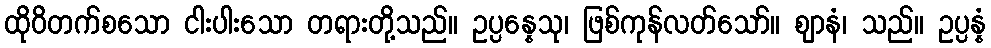
ထိုဝိတက်စသော ငါးပါးသော တရားတို့သည်။ ဥပ္ပန္နေသု၊ ဖြစ်ကုန်လတ်သော်။ ဈာနံ၊ သည်။ ဥပ္ပန္နံ